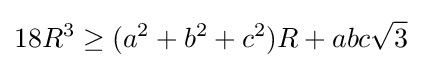
18R^{3}\geq (a^{2}+b^{2}+c^{2})R+abc{\sqrt {3}}